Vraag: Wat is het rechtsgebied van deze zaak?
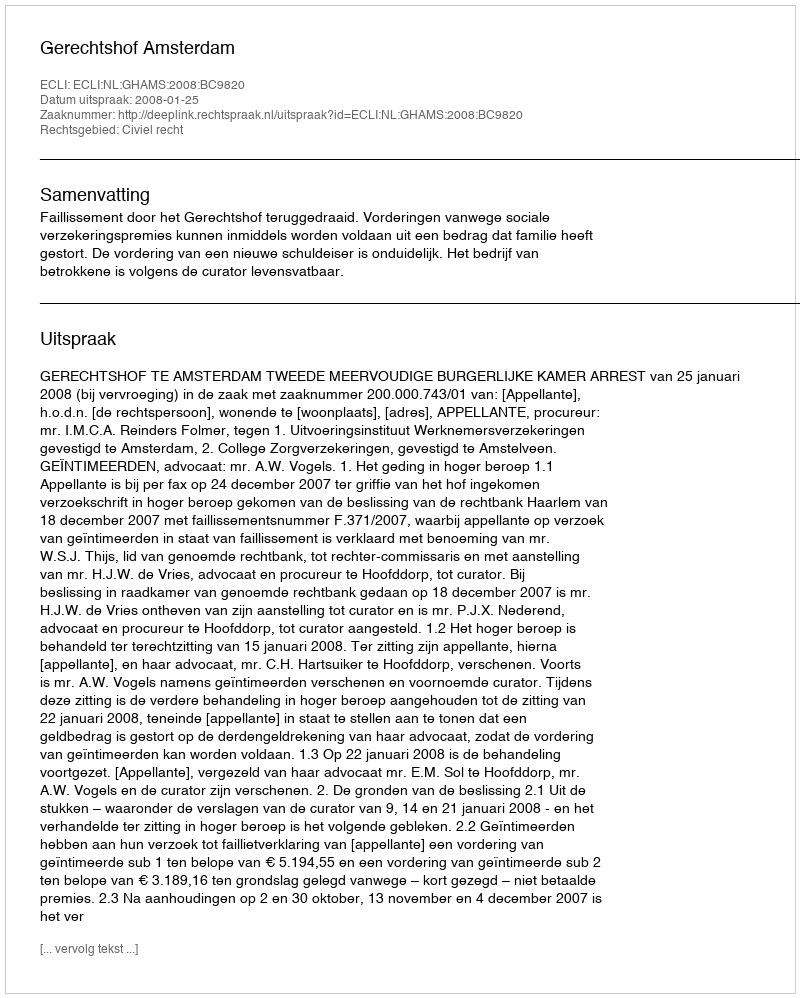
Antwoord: Civiel recht